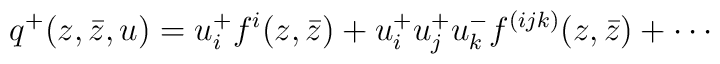
q^{+} (z, \bar z, u) =u^{+}_{i}f^{i}(z,\bar z)+u^{+}_{i}u^{+}_{j}u^{-}_{k} f^{(ijk)}(z, \bar z)+\cdots